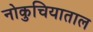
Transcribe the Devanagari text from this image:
नोकुचियाताल